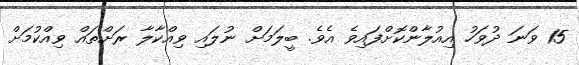
15 ވަނަ ދުވަހު އިއުލާންކޮށްފައިވެ އެވެ. ބީލަމަށް ނުލައި ވިއްކާލާ ރަށްތައް ވިއްކުމަށް